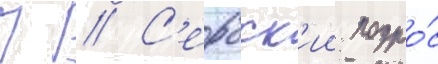
П // С'ербск'ии подро́с